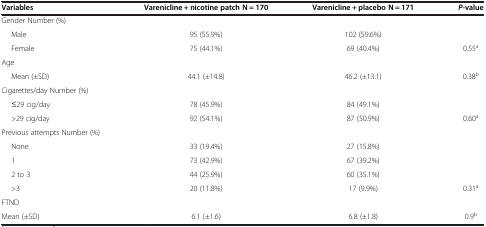
<table><thead><tr><td><b>Variables</b></td><td><b>Varenicline + nicotine patch N = 170</b></td><td><b>Varenicline + placebo N = 171</b></td><td><b><i>P</i>-value</b></td></tr></thead><tbody><tr><td>Gender Number (%)</td><td></td><td></td><td></td></tr><tr><td>Male</td><td>95 (55.9%)</td><td>102 (59.6%)</td><td></td></tr><tr><td>Female</td><td>75 (44.1%)</td><td>69 (40.4%)</td><td>0.55<sup>a</sup></td></tr><tr><td>Age</td><td></td><td></td><td></td></tr><tr><td>Mean (±SD)</td><td>44.1 (±14.8)</td><td>46.2 (±13.1)</td><td>0.38<sup>b</sup></td></tr><tr><td>Cigarettes/day Number (%)</td><td></td><td></td><td></td></tr><tr><td>≤29 cig/day</td><td>78 (45.9%)</td><td>84 (49.1%)</td><td></td></tr><tr><td>&gt;29 cig/day</td><td>92 (54.1%)</td><td>87 (50.9%)</td><td>0.60<sup>a</sup></td></tr><tr><td>Previous attempts Number (%)</td><td></td><td></td><td></td></tr><tr><td>None</td><td>33 (19.4%)</td><td>27 (15.8%)</td><td></td></tr><tr><td>1</td><td>73 (42.9%)</td><td>67 (39.2%)</td><td></td></tr><tr><td>2 to 3</td><td>44 (25.9%)</td><td>60 (35.1%)</td><td></td></tr><tr><td>&gt;3</td><td>20 (11.8%)</td><td>17 (9.9%)</td><td>0.31<sup>a</sup></td></tr><tr><td>FTND</td><td></td><td></td><td></td></tr><tr><td>Mean (±SD)</td><td>6.1 (±1.6)</td><td>6.8 (±1.8)</td><td>0.9<sup>b</sup></td></tr></tbody></table>